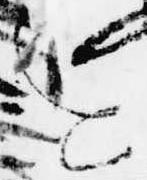
を